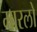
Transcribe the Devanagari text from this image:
मारलो